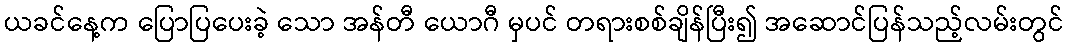
ယခင်နေ့က ပြောပြပေးခဲ့ သော အန်တီ ယောဂီ မှပင် တရားစစ်ချိန်ပြီး၍ အဆောင်ပြန်သည့်လမ်းတွင်